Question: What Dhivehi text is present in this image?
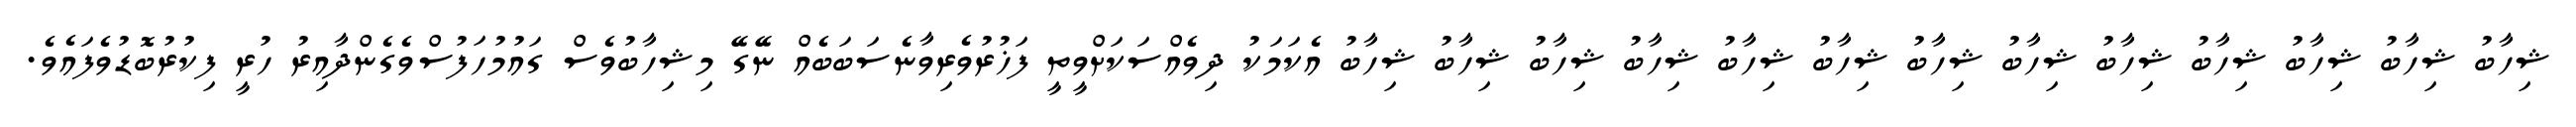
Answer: ޝިހާބު ޝިހާބު ޝިހާބު ޝިހާބު ޝިހާބު ޝިހާބު ޝިހާބު ޝިހާބު ޝިހާބު ޝިހާބު ޝިހާބު ޝިހާބު ޝިހާބު އެކަމަކު ދިވެއްސަކަށްވީތީ ފަޚުރުވެރިވާނެސަބަބެއް ނޭގޭ މިޝިހާބުވެސް ގައުމުހަފުސްވެގެންދާއިރު ހުރީ ފިކުރުބޮޑުވެފައެވެ.